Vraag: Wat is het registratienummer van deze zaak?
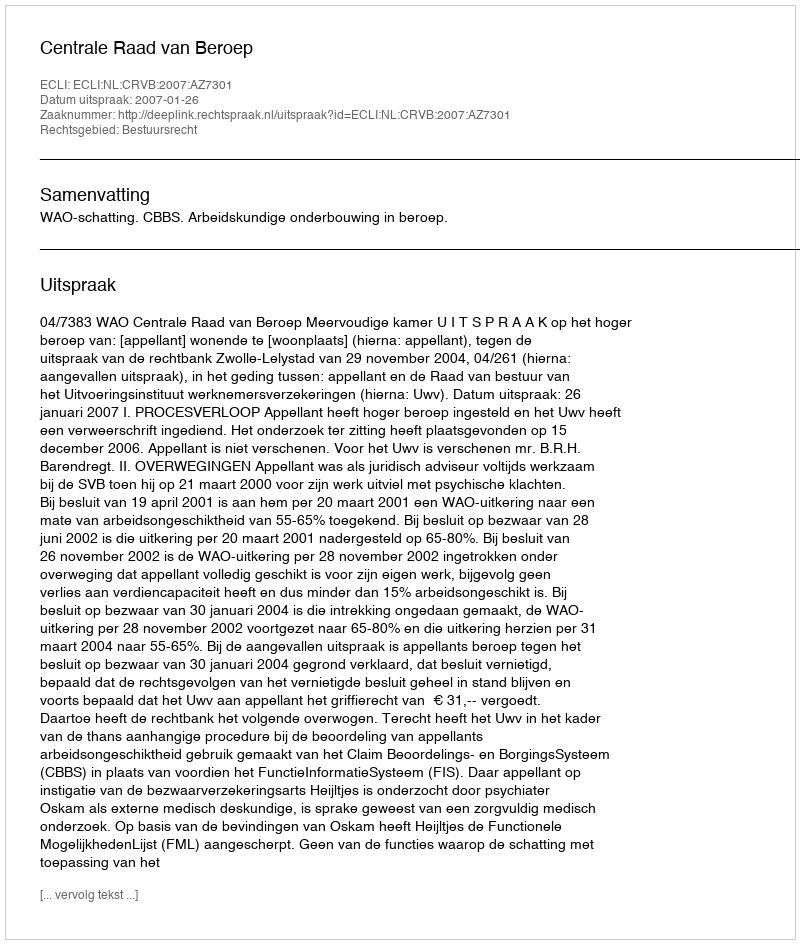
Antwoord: http://deeplink.rechtspraak.nl/uitspraak?id=ECLI:NL:CRVB:2007:AZ7301